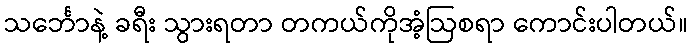
သင်္ဘောနဲ့ ခရီး သွားရတာ တကယ်ကိုအံ့ဩစရာ ကောင်းပါတယ်။